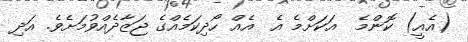
(އެއީ) ކޮންމެ  އަކަށްމެ އެ  އެއް ހޯދިކަމެއްގެ ޖަޒާދެއްވުމަށެވެ. އަދި